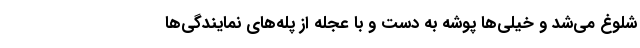
شلوغ می‌شد و خیلی‌ها پوشه به دست و با عجله از پله‌های نمایندگی‌ها